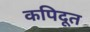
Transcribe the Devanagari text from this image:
कपिदूत